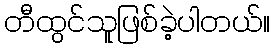
တီထွင်သူဖြစ်ခဲ့ပါတယ်။